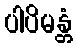
ပါပိမန္တံ